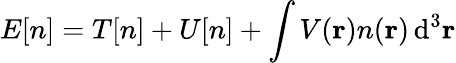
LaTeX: E[n]=T[n]+U[n]+\int V(\mathbf{r})n(\mathbf{r})\, \mathrm{d}^{3}\mathbf{r}